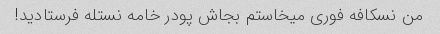
من نسکافه فوری میخاستم بجاش پودر خامه نستله فرستادید!